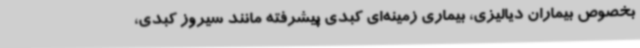
بخصوص بیماران دیالیزی، بیماری زمینه‌ای کبدی پیشرفته مانند سیروز کبدی،